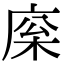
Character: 庺